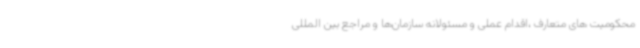
محکومیت های متعارف ،اقدام عملی و مسئولانه سازمان‌ها و مراجع بین المللی